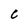
Character: C